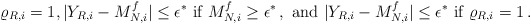
\begin{align*}\varrho_{R, i} =1, |Y_{R, i} - M^f_{N, i}| \leq \epsilon^* \mbox{ if } M^f_{N, i} \geq \epsilon^*\,,\mbox{ and } |Y_{R, i} - M^f_{N, i}| \leq \epsilon^* \mbox{ if } \varrho_{R, i} = 1\,.\end{align*}